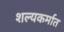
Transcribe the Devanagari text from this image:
शल्यकर्मात